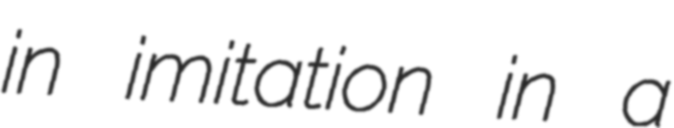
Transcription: in imitation in a